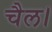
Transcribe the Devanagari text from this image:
चैल।